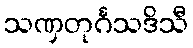
သဏှတုင်္ဂသဒိသီ